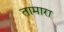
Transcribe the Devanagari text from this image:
तामारा